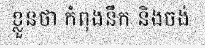
ខ្លួនថា កំពុងនឹក និងចង់